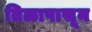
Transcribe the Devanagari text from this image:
तिळापासून